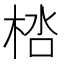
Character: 𣒩